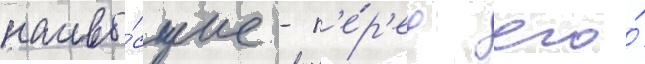
наивы́сшие - п'е́р'ед его́